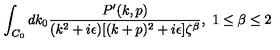
\int _ { C _ { 0 } } d k _ { 0 } { \frac { P ^ { \prime } ( k , p ) } { ( k ^ { 2 } + i \epsilon ) [ ( k + p ) ^ { 2 } + i \epsilon ] \zeta ^ { \beta } } } , \ 1 \leq \beta \leq 2